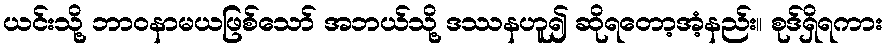
ယင်းသို့ ဘာဝနာမယဖြစ်သော် အဘယ်သို့ ဒဿနဟူ၍ ဆိုရတော့အံ့နည်း။ စုဒ်ရှိရကား